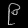
Digit: ၉